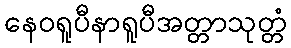
နေဝရူပီနာရူပီအတ္တာသုတ္တံ